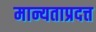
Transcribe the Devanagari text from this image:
मान्यताप्रदत्त